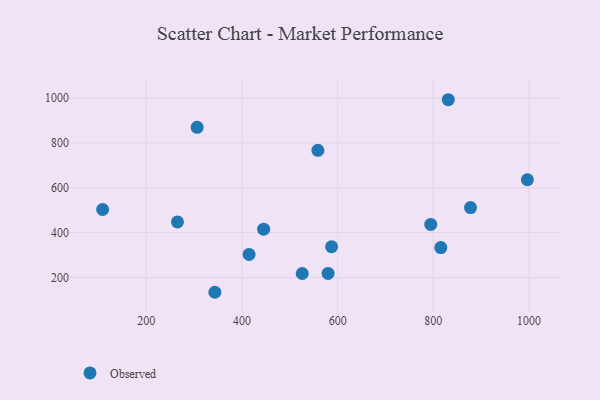
{"axis": {"x": "Distance", "y": "Rating"}, "legend": ["Observed"], "data": [{"x": "831.3", "y": 992.6, "type": "Observed"}, {"x": "794.7", "y": 436.6, "type": "Observed"}, {"x": "877.8", "y": 511.5, "type": "Observed"}, {"x": "265.1", "y": 447.7, "type": "Observed"}, {"x": "445.3", "y": 415.2, "type": "Observed"}, {"x": "414.8", "y": 302.9, "type": "Observed"}, {"x": "587.3", "y": 337.0, "type": "Observed"}, {"x": "108.6", "y": 503.2, "type": "Observed"}, {"x": "343.3", "y": 134.0, "type": "Observed"}, {"x": "580.0", "y": 217.9, "type": "Observed"}, {"x": "558.7", "y": 766.9, "type": "Observed"}, {"x": "306.2", "y": 869.7, "type": "Observed"}, {"x": "996.7", "y": 635.7, "type": "Observed"}, {"x": "815.7", "y": 333.2, "type": "Observed"}, {"x": "525.9", "y": 217.7, "type": "Observed"}]}